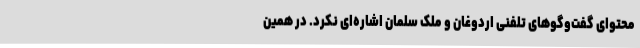
محتوای گفت‌وگوهای تلفنی اردوغان و ملک سلمان اشاره‌ای نکرد. در همین